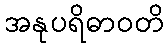
အနုပရိဓာဝတိ